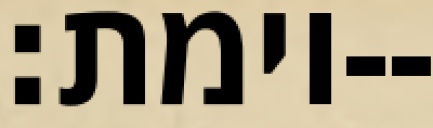
וימת׃--